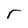
Character: r